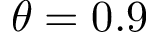
\theta = 0 . 9